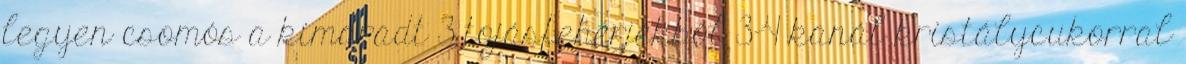
legyen csomós a kimaradt 3 tojásfehérjékből 3-4 kanál kristálycukorral